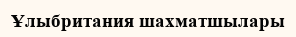
Ұлыбритания шахматшылары